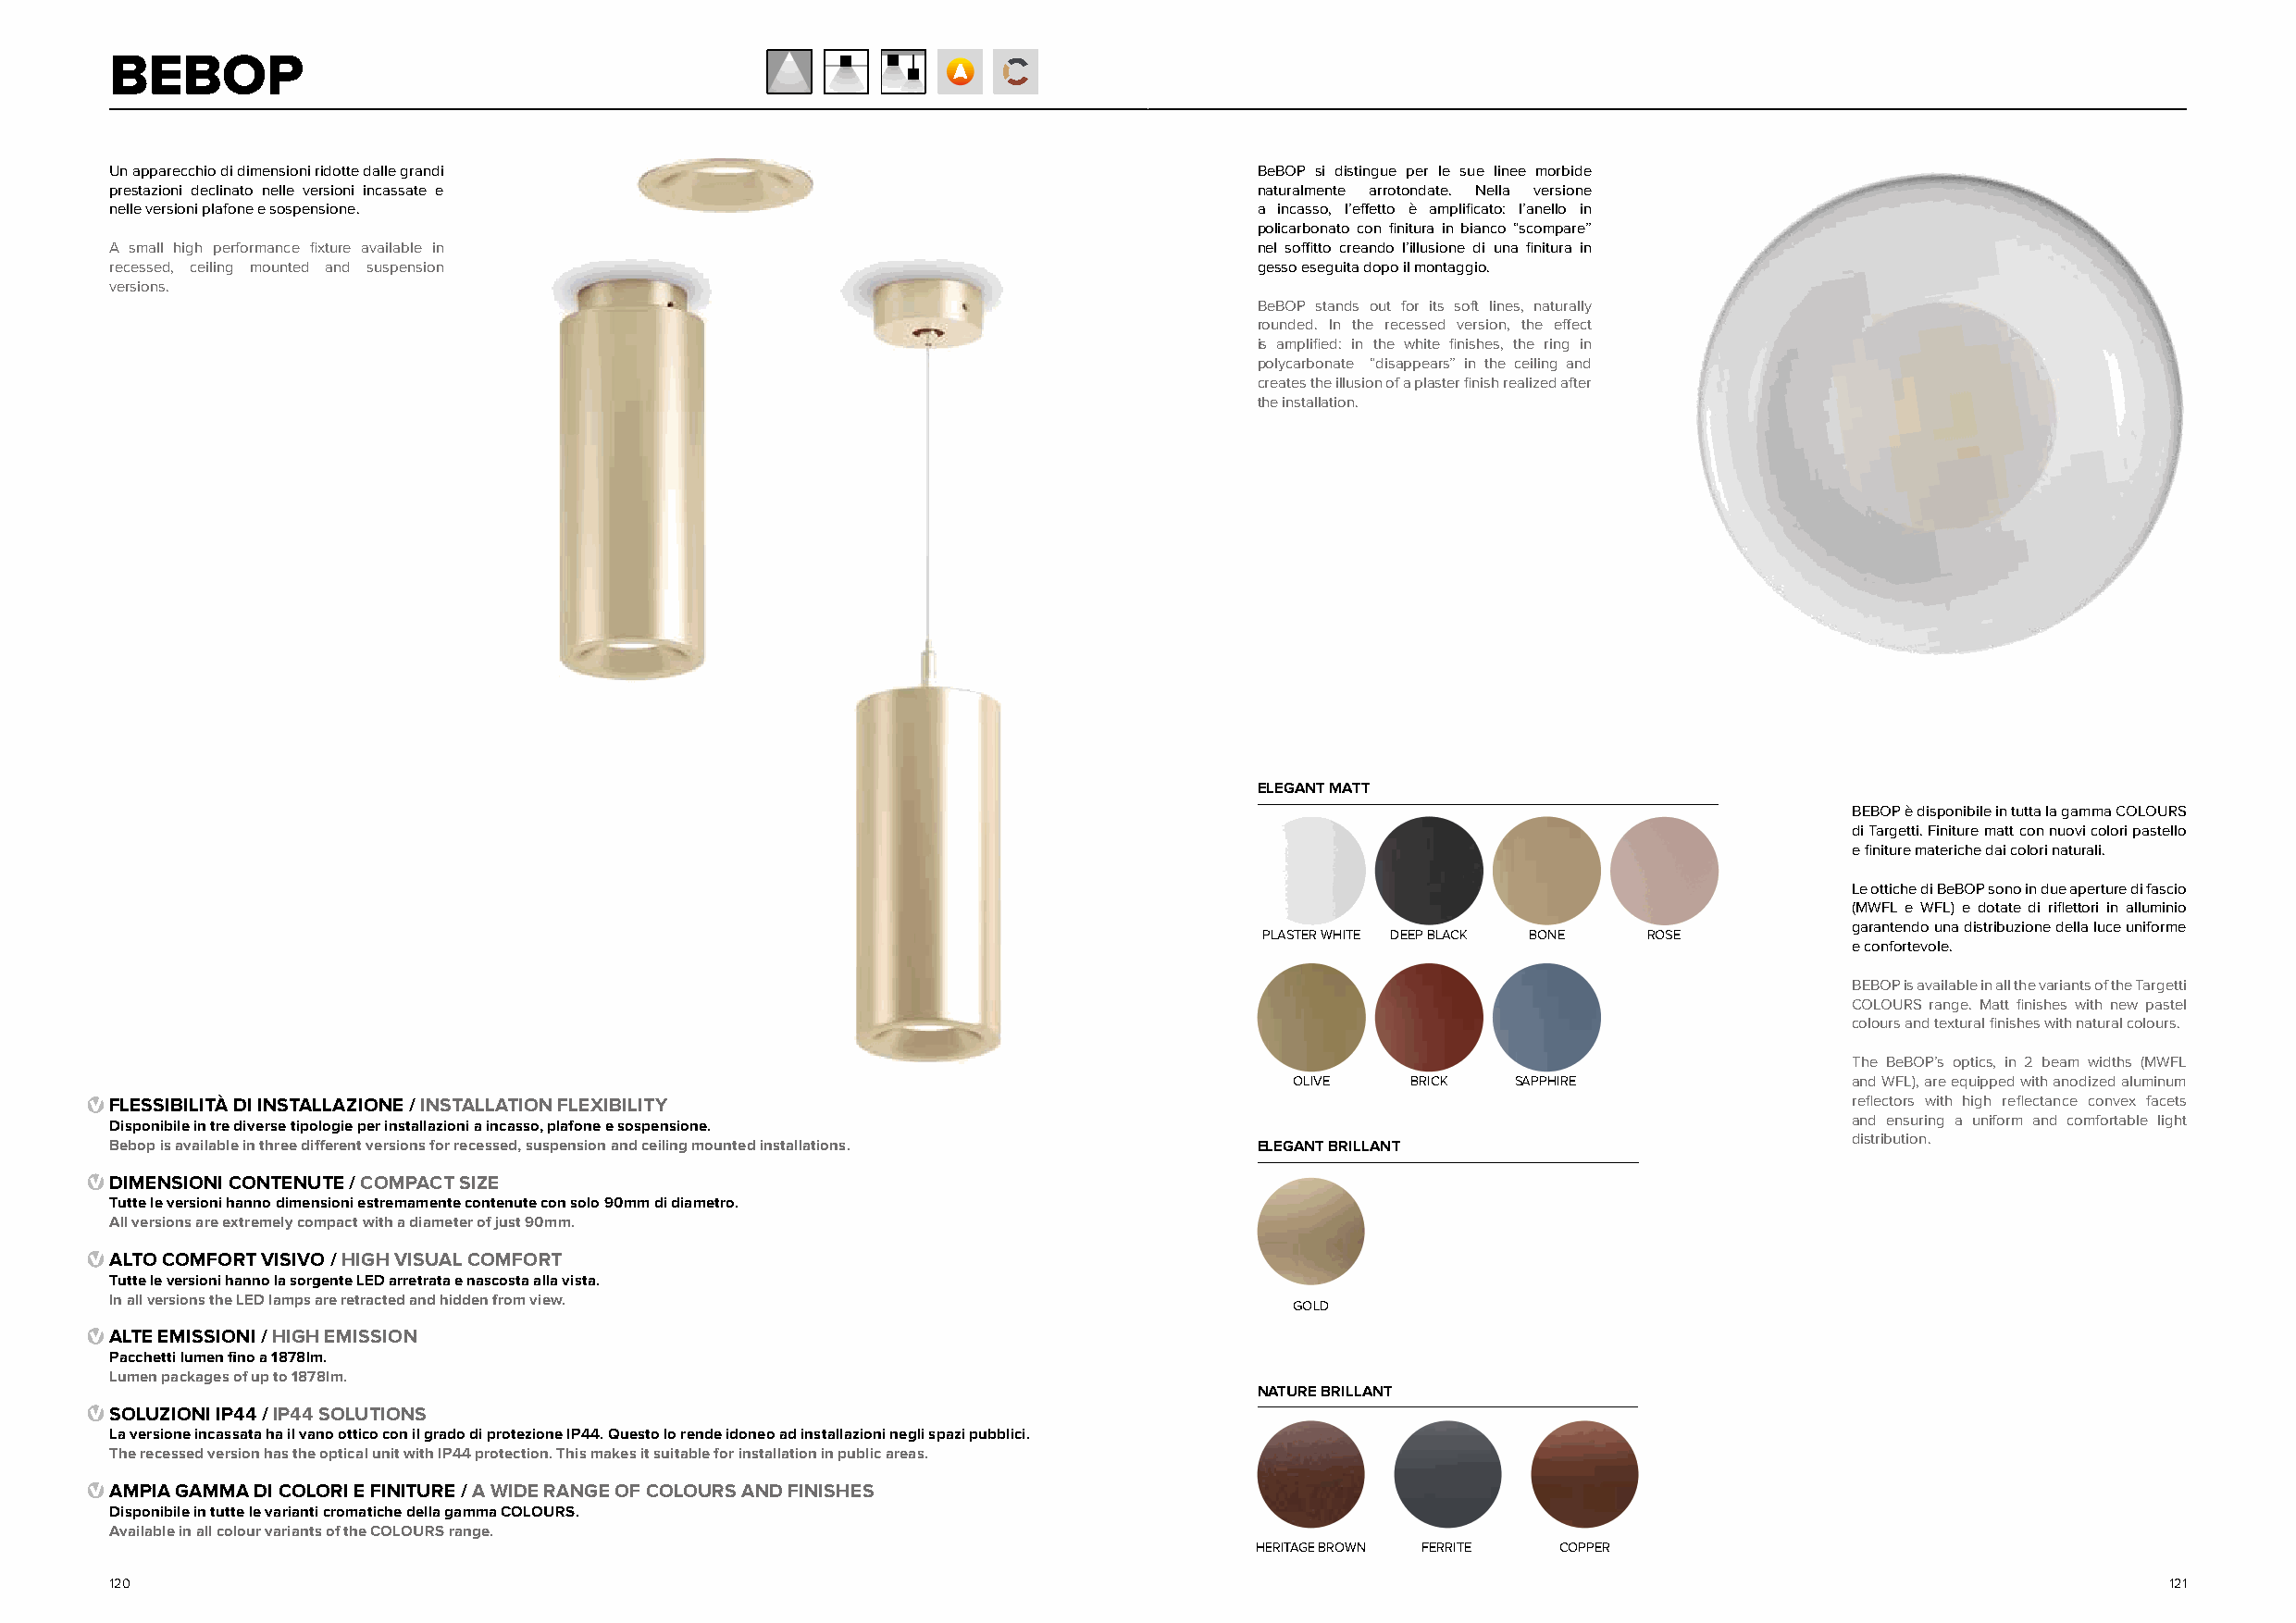
BEBOP
 Un apparecchio di dimensioni ridotte dalle grandi                                 BeBOP si distingue per le sue linee morbide
 prestazioni declinato nelle versioni incassate e                                  naturalmente arrotondate. Nella versione
 nelle versioni plafone e sospensione.                                             a incasso, l’effetto è amplificato: l’anello in
 policarbonato con finitura in bianco “scompare”
 A small high performance fixture available in                                     nel soffitto creando l’illusione di una finitura in
 recessed, ceiling mounted and suspension                                          gesso eseguita dopo il montaggio.
 versions.
 BeBOP stands out for its soft lines, naturally
 rounded. In the recessed version, the effect
 is amplified: in the white finishes, the ring in
 polycarbonate “disappears” in the ceiling and
 creates the illusion of a plaster finish realized after
 the installation.
 ELEGANT MATT
 BEBOP è disponibile in tutta la gamma COLOURS
 di Targetti. Finiture matt con nuovi colori pastello
 e finiture materiche dai colori naturali.
 Le ottiche di BeBOP sono in due aperture di fascio
 (MWFL e WFL) e dotate di riflettori in alluminio
 garantendo una distribuzione della luce uniforme
 PLASTER WHITE DEEP BLACK BONE ROSE
 e confortevole.
 BEBOP is available in all the variants of the Targetti
 COLOURS range. Matt finishes with new pastel
 colours and textural finishes with natural colours.
 The BeBOP’s optics, in 2 beam widths (MWFL
 OLIVE    BRICK  SAPPHIRE                and WFL), are equipped with anodized aluminum
 FLESSIBILITÀ DI INSTALLAZIONE / INSTALLATION FLEXIBILITY                                                                    reflectors with high reflectance convex facets
 and ensuring a uniform and comfortable light
 Disponibile in tre diverse tipologie per installazioni a incasso, plafone e sospensione.
 distribution.
 Bebop is available in three different versions for recessed, suspension and ceiling mounted installations. ELEGANT BRILLANT
 DIMENSIONI CONTENUTE / COMPACT SIZE
 Tutte le versioni hanno dimensioni estremamente contenute con solo 90mm di diametro.
 All versions are extremely compact with a diameter of just 90mm.
 ALTO COMFORT VISIVO / HIGH VISUAL COMFORT
 Tutte le versioni hanno la sorgente LED arretrata e nascosta alla vista.
 In all versions the LED lamps are retracted and hidden from view.
 GOLD
 ALTE EMISSIONI / HIGH EMISSION
 Pacchetti lumen fino a 1878lm.
 Lumen packages of up to 1878lm.
 NATURE BRILLANT
 SOLUZIONI IP44 / IP44 SOLUTIONS
 La versione incassata ha il vano ottico con il grado di protezione IP44. Questo lo rende idoneo ad installazioni negli spazi pubblici.
 The recessed version has the optical unit with IP44 protection. This makes it suitable for installation in public areas.
 AMPIA GAMMA DI COLORI E FINITURE / A WIDE RANGE OF COLOURS AND FINISHES
 Disponibile in tutte le varianti cromatiche della gamma COLOURS.
 Available in all colour variants of the COLOURS range.
 HERITAGE BROWN FERRITE COPPER
 120                                                                                                                                                121